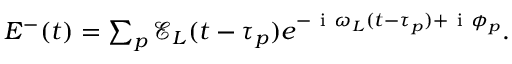
\begin{array} { r } { E ^ { - } ( t ) = \sum _ { p } \mathcal { E } _ { L } ( t - \tau _ { p } ) e ^ { - \ensuremath { \mathrm { ~ i ~ } } \omega _ { L } ( t - \tau _ { p } ) + \ensuremath { \mathrm { ~ i ~ } } \phi _ { p } } . } \end{array}